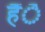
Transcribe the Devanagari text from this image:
हैंै